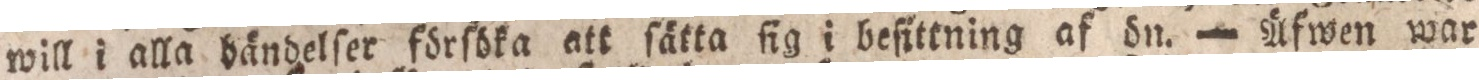
will i alla bändelſer förſöka att ſätta ſig i beſittning af ön. — Äfwen war